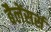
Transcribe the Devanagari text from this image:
बैलेंसर्स